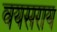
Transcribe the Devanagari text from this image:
वयसराय